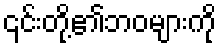
၎င်းတို့၏ဘဝများကို